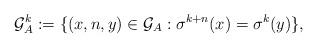
LaTeX: \begin{align*}\mathcal{G}^{k}_A:=\{(x,n,y)\in\mathcal{G}_{A}: \sigma^{k+n}(x)=\sigma^{k}(y)\},\end{align*}